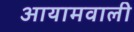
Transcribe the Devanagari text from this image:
आयामवाली